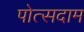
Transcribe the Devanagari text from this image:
पोत्सदाम